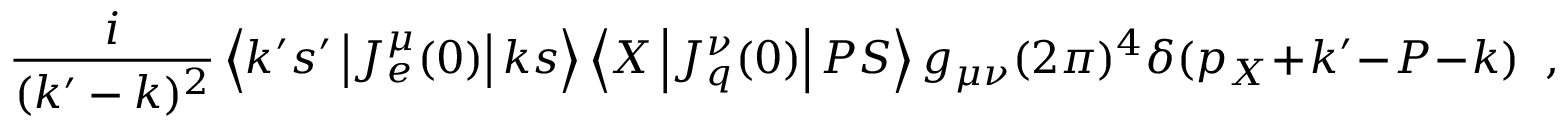
{ \frac { i } { ( k ^ { \prime } - k ) ^ { 2 } } } \left\langle k ^ { \prime } s ^ { \prime } \left| J _ { e } ^ { \mu } ( 0 ) \right| k s \right\rangle \left\langle X \left| J _ { q } ^ { \nu } ( 0 ) \right| P S \right\rangle g _ { \mu \nu } ( 2 \pi ) ^ { 4 } \delta ( p _ { X } + k ^ { \prime } - P - k ) \; \; ,